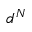
d ^ { N }